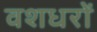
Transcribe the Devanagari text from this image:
वशधरों